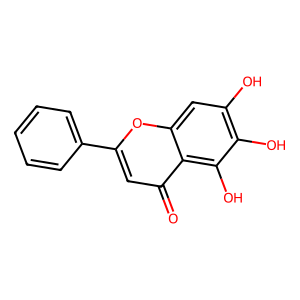
SMILES: O=c1cc(-c2ccccc2)oc2cc(O)c(O)c(O)c12
Inhibits HIV replication: No